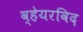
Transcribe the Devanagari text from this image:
व्हेयरविद